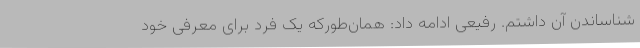
شناساندن آن داشتم. رفیعی ادامه داد: همان‌طورکه یک فرد برای معرفی خود